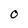
Character: O